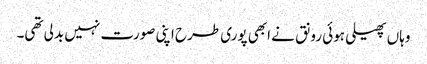
وہاں پھیلی ہوئی رونق نے ابھی پوری طرح اپنی صورت نہیں بدلی تھی۔